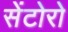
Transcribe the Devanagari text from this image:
सेंटोरो